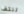
تلتف